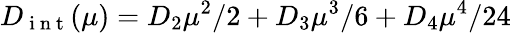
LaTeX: D_{\mathrm{~i~n~t~}}(\mu)=D_{2}\mu^{2}/2+D_{3}\mu^{3}/6+D_{4}\mu^{4}/24